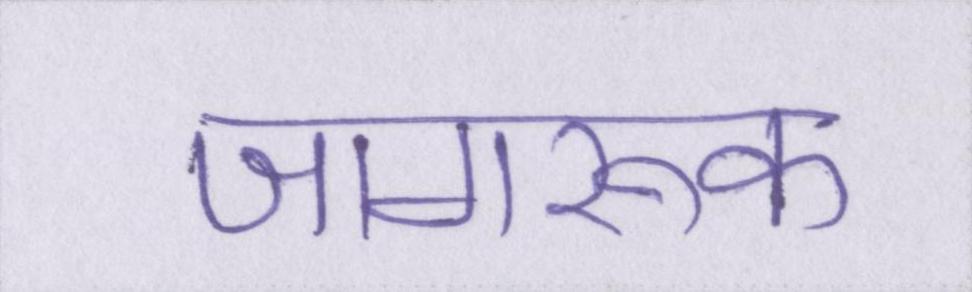
जागरूक